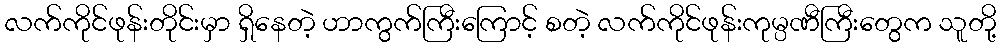
လက်ကိုင်ဖုန်းတိုင်းမှာ ရှိနေတဲ့ ဟာကွက်ကြီးကြောင့် စတဲ့ လက်ကိုင်ဖုန်းကုမ္ပဏီကြီးတွေက သူတို့